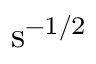
\mathrm { s } ^ { - 1 / 2 }